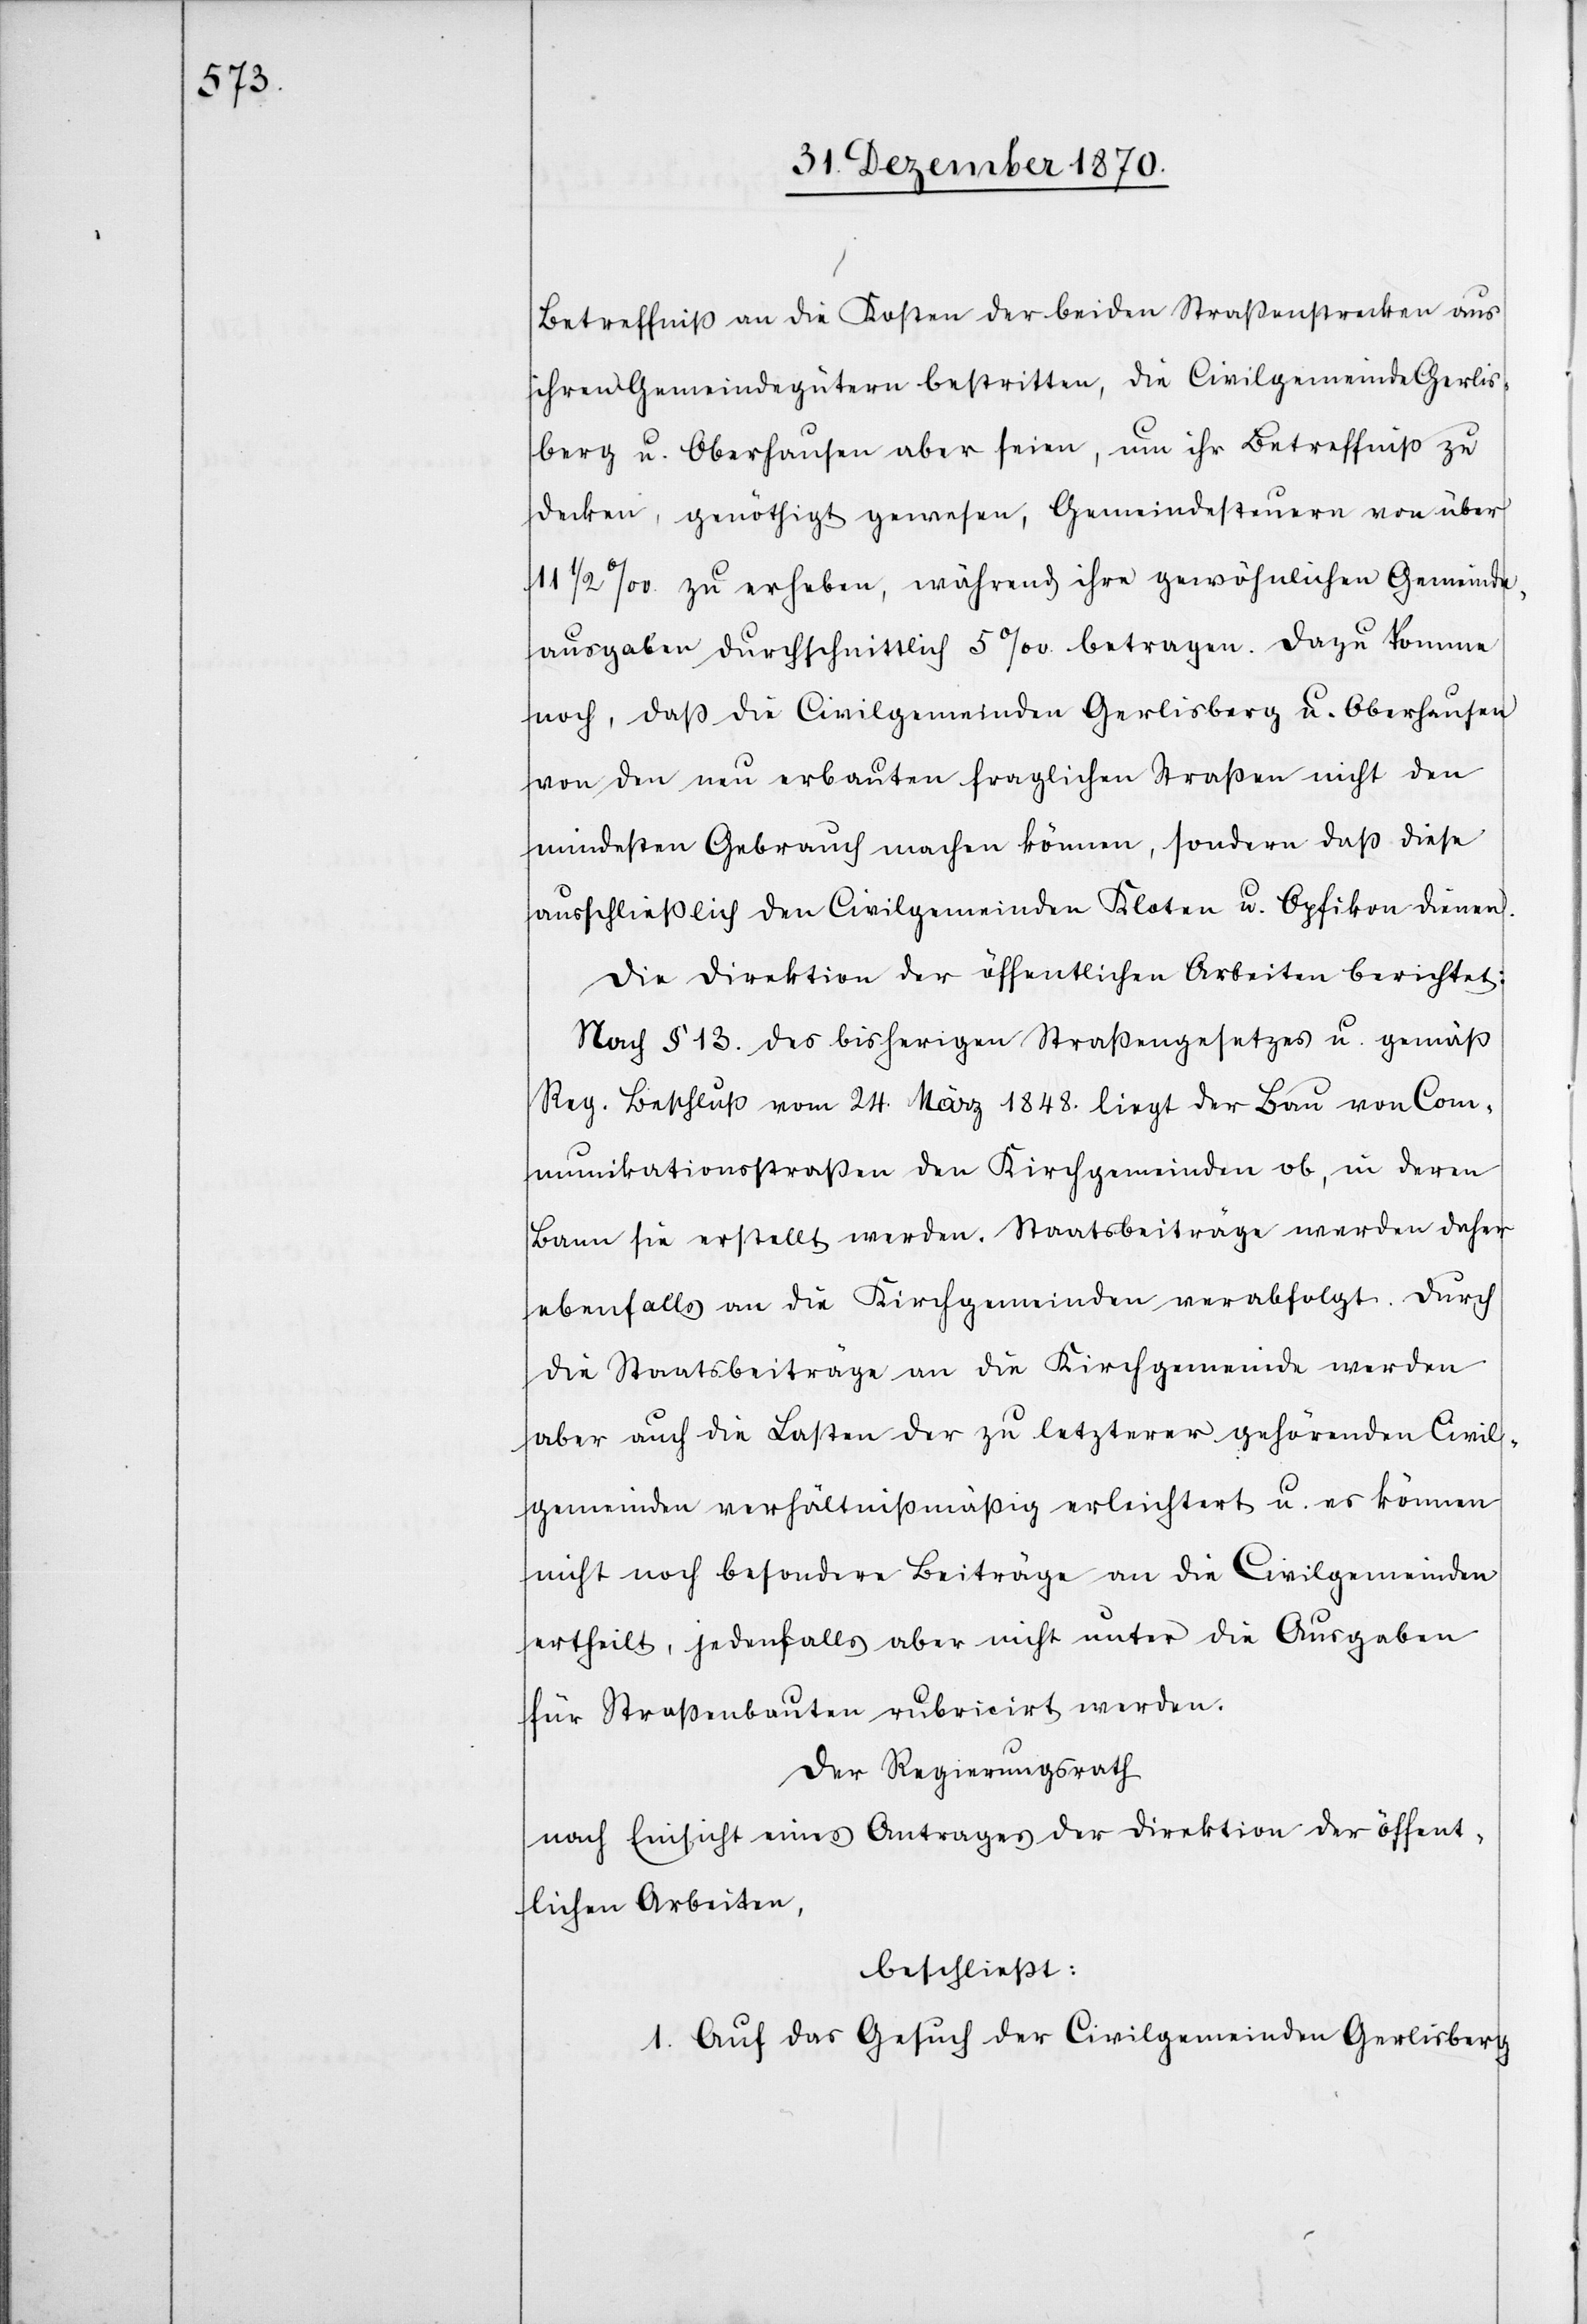
Betreffnis an die Kosten der beiden Straßenstrecken aus
ihren Gemeindegütern bestritten, die Civilgemeinde[n] Gerlis¬
berg u. Oberhausen aber seien, um ihr Betreffniß zu
decken, genöthigt gewesen, Gemeindesteuern von über
11 1/2‰ zu erheben, während ihre gewöhnlichen Gemeinde¬
ausgaben durchschnittlich 5‰ betragen. Dazu komme
noch, daß die Civilgemeinden Gerlisberg u. Oberhausen
von den neu erbauten fraglichen Straßen nicht den
mindesten Gebrauch machen können, sondern daß diese
ausschließlich den Civilgemeinden Kloten u. Opfikon dienen.
Die Direktion der öffentlichen Arbeiten berichtet:
Nach § 13. des bisherigen Straßengesetzes u. gemäß
Reg. Beschluß vom 24. März 1848. liegt der Bau von Com¬
munikationsstraßen den Kirchgemeinden ob, in deren
Bann sie erstellt werden. Staatsbeiträge werden daher
ebenfalls an die Kirchgemeinden verabfolgt. Durch
die Staatsbeiträge an die Kirchgemeinde werden
aber auch die Lasten der zu letzterer gehörenden Civil¬
gemeinde verhältnißmäßig erleichtert u. es können
nicht noch besondere Beiträge an die Civilgemeinden
ertheilt, jedenfalls aber nicht unter die Ausgaben
für Straßenbauten rubricirt werden.
Der Regierungsrath
nach Einsicht eines Antrages der Direktion der öffent¬
lichen Arbeiten,
beschließt:
1. Auf das Gesuch der Civilgemeinden Gerlisberg